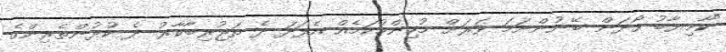
"ކާމިޔާބު ހޯދަން ބޭނުންނަމަ ވަރަށް މުހިންމުކަމެއް އެފަދަ ދެ ތަޖުރިބާކާރު ދެ ކުޅުންތެރިންގެ